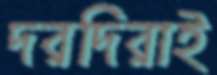
দরদিরাই